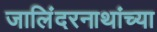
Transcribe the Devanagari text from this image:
जालिंदरनाथांच्या